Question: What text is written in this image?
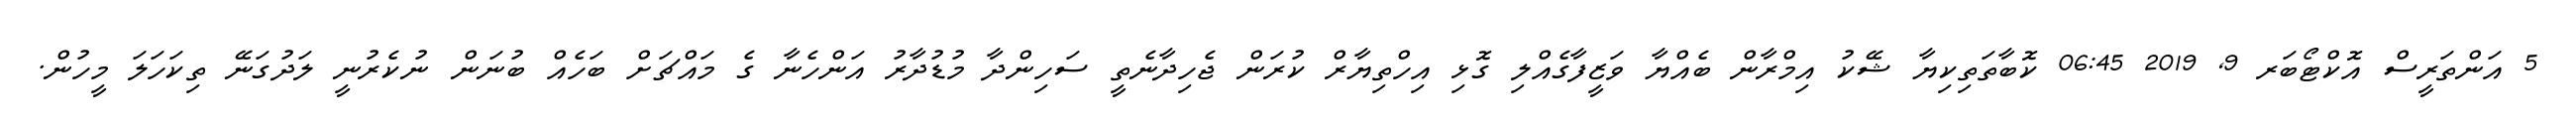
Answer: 5 އަންތަރީސް އޮކްޓޯބަރ 9, 2019 06:45 ކޮބާތަތިކިޔާ ޝޭކު އިމްރާން ބެއްޔާ ވަޒީފާގެއްލި ގޮޅި އިހްތިޔާރް ކުރަން ޖެހިދާނެތީ ސަހިންދާ މުޑުދާރު އަންހެނާ ގެ މައްޗަށް ބަހެއް ބުނަން ނުކެރުނީ ލަދުގަނޭ ތިކަހަލަ މީހުން.